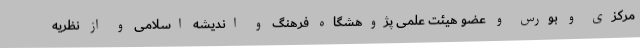
مرکزی و بورس و عضو هیئت علمی پژوهشگاه فرهنگ و اندیشه اسلامی و از نظریه